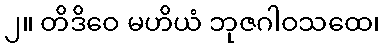
၂။ တိဒိဝေ မဟိယံ ဘုဇဂါဝသထေ၊